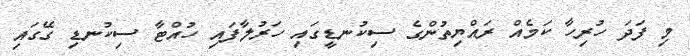
މި ފަދަ ހުރިހާ ކަމެއް ރައްޔިތުންގެ ސިކުނޑީގައި ހަރުލާފައި ހުއްޓާ ސިކުނޑި ގޭގައި